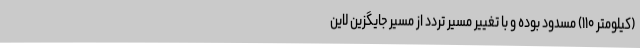
(کیلومتر ۱۱۰) مسدود بوده و با تغییر مسیر تردد از مسیر جایگزین لاین